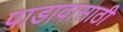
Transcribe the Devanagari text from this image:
पाडावासाठी